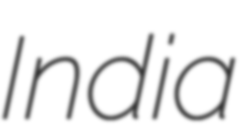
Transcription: India